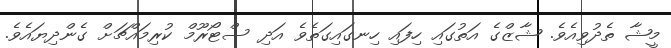
މީޝާ ތެދުވިއެވެ. ޝާޒްގެ އަތުގައި ހިފައި ހިނގައިގަތެވެ އަދި ސްޓޯރޫމް ކުރިމައްޗަށް ގެންދިޔައެވެ.